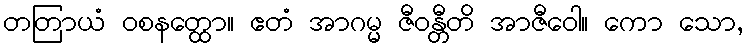
တတြာယံ ဝစနတ္ထော။ ဧတံ အာဂမ္မ ဇီဝန္တီတိ အာဇီဝေါ။ ကော သော,